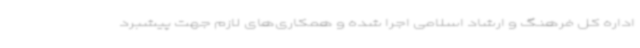
اداره‌ کل فرهنگ و ارشاد اسلامی اجرا شده و همکاری‌های لازم جهت پیشبرد